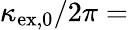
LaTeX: \kappa_{\mathrm{ex,0}}/2\pi=